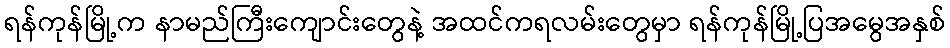
ရန်ကုန်မြို့က နာမည်ကြီးကျောင်းတွေနဲ့ အထင်ကရလမ်းတွေမှာ ရန်ကုန်မြို့ပြအမွေအနှစ်